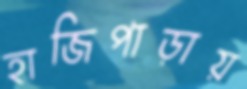
হাজিপাড়ায়